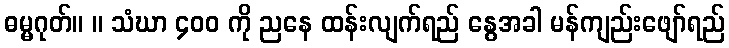
ဓမ္မဂုတ်။ ။ သံဃာ ၄၀၀ ကို ညနေ ထန်းလျက်ရည် နွေအခါ မန်ကျည်းဖျော်ရည်